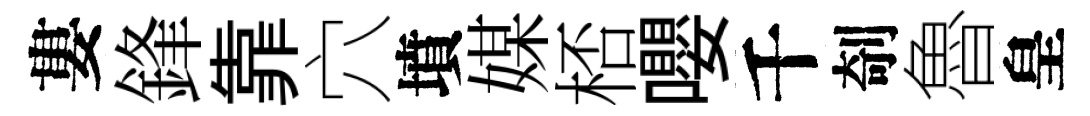
婁鋒靠穴墳媒桮嚶千剞魯皇